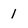
Character: 1